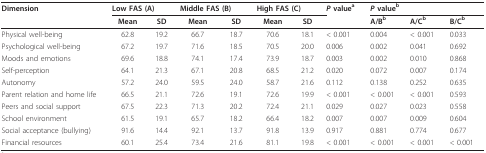
<table><thead><tr><td><b>Dimension</b></td><td colspan="2"><b>Low FAS (A)</b></td><td colspan="2"><b>Middle FAS (B)</b></td><td colspan="2"><b>High FAS (C)</b></td><td><b><i>P </i>value<sup>a</sup></b></td><td colspan="3"><b><i>P </i>value<sup>b</sup></b></td></tr><tr><td></td><td><b>Mean</b></td><td><b>SD</b></td><td><b>Mean</b></td><td><b>SD</b></td><td><b>Mean</b></td><td><b>SD</b></td><td></td><td><b>A/B<sup>b</sup></b></td><td><b>A/C<sup>b</sup></b></td><td><b>B/C<sup>b</sup></b></td></tr></thead><tbody><tr><td>Physical well-being</td><td>62.8</td><td>19.2</td><td>66.7</td><td>18.7</td><td>70.6</td><td>18.1</td><td>&lt; 0.001</td><td>0.004</td><td>&lt; 0.001</td><td>0.033</td></tr><tr><td>Psychological well-being</td><td>67.2</td><td>19.7</td><td>71.6</td><td>18.5</td><td>70.5</td><td>20.0</td><td>0.006</td><td>0.002</td><td>0.041</td><td>0.692</td></tr><tr><td>Moods and emotions</td><td>69.6</td><td>18.8</td><td>74.1</td><td>17.4</td><td>73.9</td><td>18.7</td><td>0.003</td><td>0.002</td><td>0.010</td><td>0.868</td></tr><tr><td>Self-perception</td><td>64.1</td><td>21.3</td><td>67.1</td><td>20.8</td><td>68.5</td><td>21.2</td><td>0.020</td><td>0.072</td><td>0.007</td><td>0.174</td></tr><tr><td>Autonomy</td><td>57.2</td><td>24.0</td><td>59.5</td><td>24.0</td><td>58.7</td><td>21.6</td><td>0.112</td><td>0.138</td><td>0.252</td><td>0.635</td></tr><tr><td>Parent relation and home life</td><td>66.5</td><td>21.1</td><td>72.6</td><td>19.1</td><td>72.6</td><td>19.9</td><td>&lt; 0.001</td><td>&lt; 0.001</td><td>&lt; 0.001</td><td>0.593</td></tr><tr><td>Peers and social support</td><td>67.5</td><td>22.3</td><td>71.3</td><td>20.2</td><td>72.4</td><td>21.1</td><td>0.029</td><td>0.027</td><td>0.023</td><td>0.558</td></tr><tr><td>School environment</td><td>61.5</td><td>19.1</td><td>65.7</td><td>18.2</td><td>66.4</td><td>18.2</td><td>0.007</td><td>0.007</td><td>0.009</td><td>0.604</td></tr><tr><td>Social acceptance (bullying)</td><td>91.6</td><td>14.4</td><td>92.1</td><td>13.7</td><td>91.8</td><td>13.9</td><td>0.917</td><td>0.881</td><td>0.774</td><td>0.677</td></tr><tr><td>Financial resources</td><td>60.1</td><td>25.4</td><td>73.4</td><td>21.6</td><td>81.1</td><td>19.8</td><td>&lt; 0.001</td><td>&lt; 0.001</td><td>&lt; 0.001</td><td>&lt; 0.001</td></tr></tbody></table>